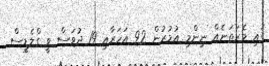
ގައި މެރަތަނެއް ނިންމި އުމުރުން 92 އަހަރާއި 19 ދުވަސް ވީ ގްލެޑީސް